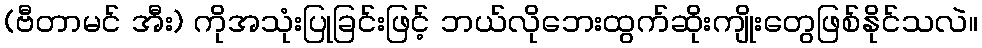
(ဗီတာမင် အီး) ကိုအသုံးပြုခြင်းဖြင့် ဘယ်လိုဘေးထွက်ဆိုးကျိုးတွေဖြစ်နိုင်သလဲ။